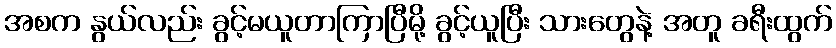
အစက နွယ်လည်း ခွင့်မယူတာကြာပြီမို့ ခွင့်ယူပြီး သားတွေနဲ့ အတူ ခရီးထွက်